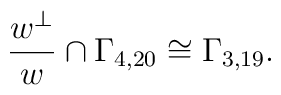
\frac{w^\perp}{w}\cap\Gamma_{4,20}\cong\Gamma_{3,19}.